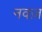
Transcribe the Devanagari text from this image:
नवज़